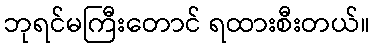
ဘုရင်မကြီးတောင် ရထားစီးတယ်။